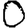
Digit: 0